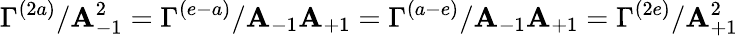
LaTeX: \Gamma^{(2a)}/\mathbf{A}_{-1}^{2}=\Gamma^{(e-a)}/\mathbf{A}_{-1}\mathbf{A}_{+1}=\Gamma^{(a-e)}/\mathbf{A}_{-1}\mathbf{A}_{+1}=\Gamma^{(2e)}/\mathbf{A}_{+1}^{2}